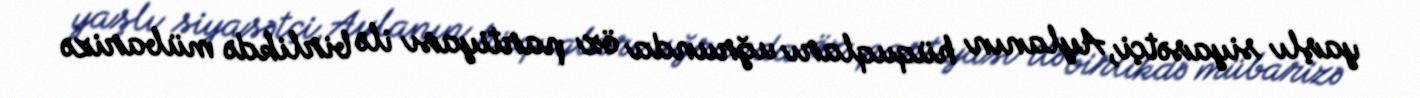
yaşlı siyasətçi, Aylanın hüquqları uğrunda öz partiyası ilə birlikdə mübarizə